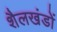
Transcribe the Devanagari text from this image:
शैलखंडों